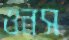
ওনস